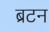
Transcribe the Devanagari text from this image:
ब्रटन